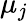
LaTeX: \mu_{j}